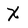
Character: X